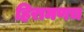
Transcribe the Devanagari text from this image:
हिरामणच